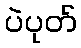
ပဲပုတ်